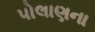
પોલાણના